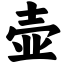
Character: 壶